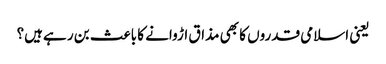
یعنی اسلامی قدروں کا بھی مذاق اڑوانے کا باعث بن ر ہےہیں؟